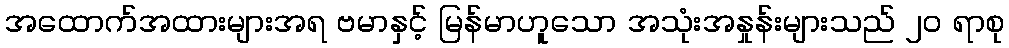
အထောက်အထားများအရ ဗမာနှင့် မြန်မာဟူသော အသုံးအနှုန်းများသည် ၂၀ ရာစု